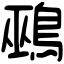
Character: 鵐